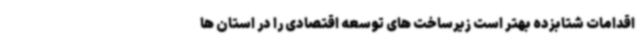
اقدامات شتابزده بهتر است زیرساخت های توسعه اقتصادی را در استان ها